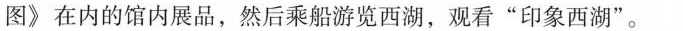
图\gg在内的馆内展品，然后乘船游览西湖，观看”印象西湖”。